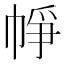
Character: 𢂰